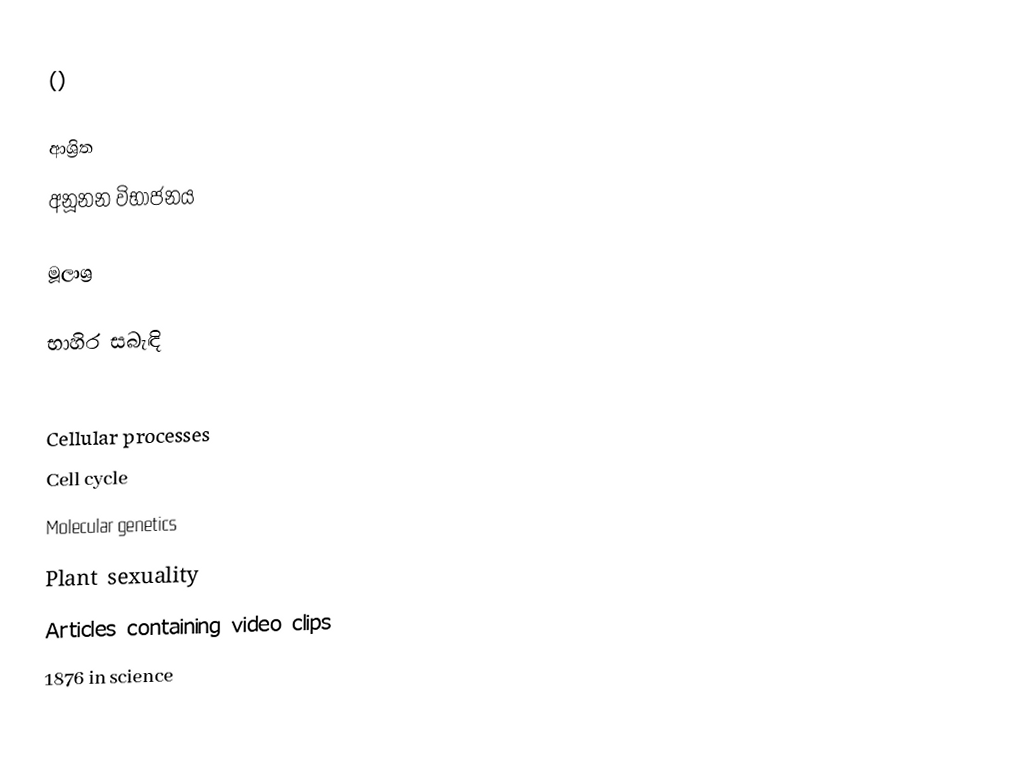
()

ආශ්‍රිත
 අනූනන විභාජනය

මූලාශ්‍ර

භාහිර සබැඳි

Cellular processes
Cell cycle
Molecular genetics
Plant sexuality
Articles containing video clips
1876 in science